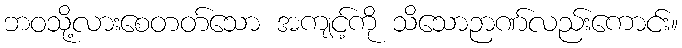
ဘဝသို့လားစေတတ်သော အကျင့်ကို သိသောဉာဏ်လည်းကောင်း။